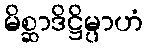
မိစ္ဆာဒိဋ္ဌိမ္ပာဟံ